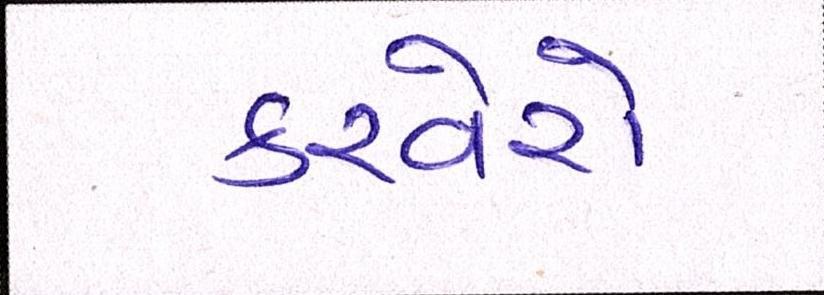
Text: કરવેરો